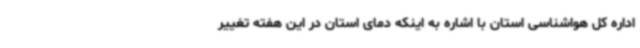
اداره کل هواشناسی استان با اشاره به اینکه دمای استان در این هفته تغییر